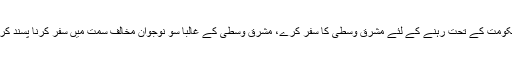
جرمنی کے ہر ایسے ایک مسلم نوجوان کے لئے جو مسلم مذہبی حکومت کے تحت رہنے کے لئے مشرق وسطی کا سفر کرے، مشرق وسطی کے غالباً سو نوجوان مخالف سمت میں سفر کرنا پسند کریں گے تاکہ وہ لبرل جرمنی میں ایک نئی زندگی شروع کر سکیں۔